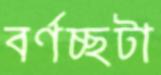
বর্ণচ্ছটা